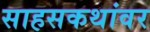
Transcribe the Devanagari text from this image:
साहसकथांवर